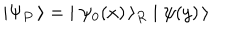
LaTeX: \mid \Psi _ { P } \, \rangle = \; \mid \psi _ { 0 } ( x ) \, \rangle _ { R } \mid \psi ( y ) \, \rangle